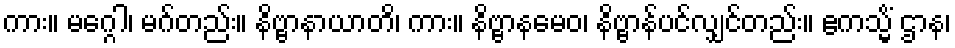
ကား။ မဂ္ဂေါ၊ မဂ်တည်း။ နိဗ္ဗာနာယာတိ၊ ကား။ နိဗ္ဗာနမေဝ၊ နိဗ္ဗာန်ပင်လျှင်တည်း။ ဧကသ္မိံ ဌာန၊